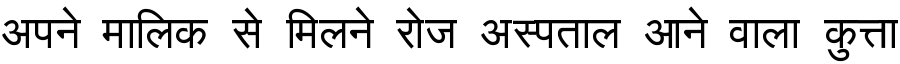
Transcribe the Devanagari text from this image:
अपने मालिक से मिलने रोज अस्पताल आने वाला कुत्ता